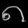
Digit: ၈